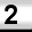
Digit: 2